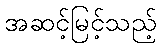
အဆင့်မြင့်သည့်